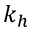
k _ { h }